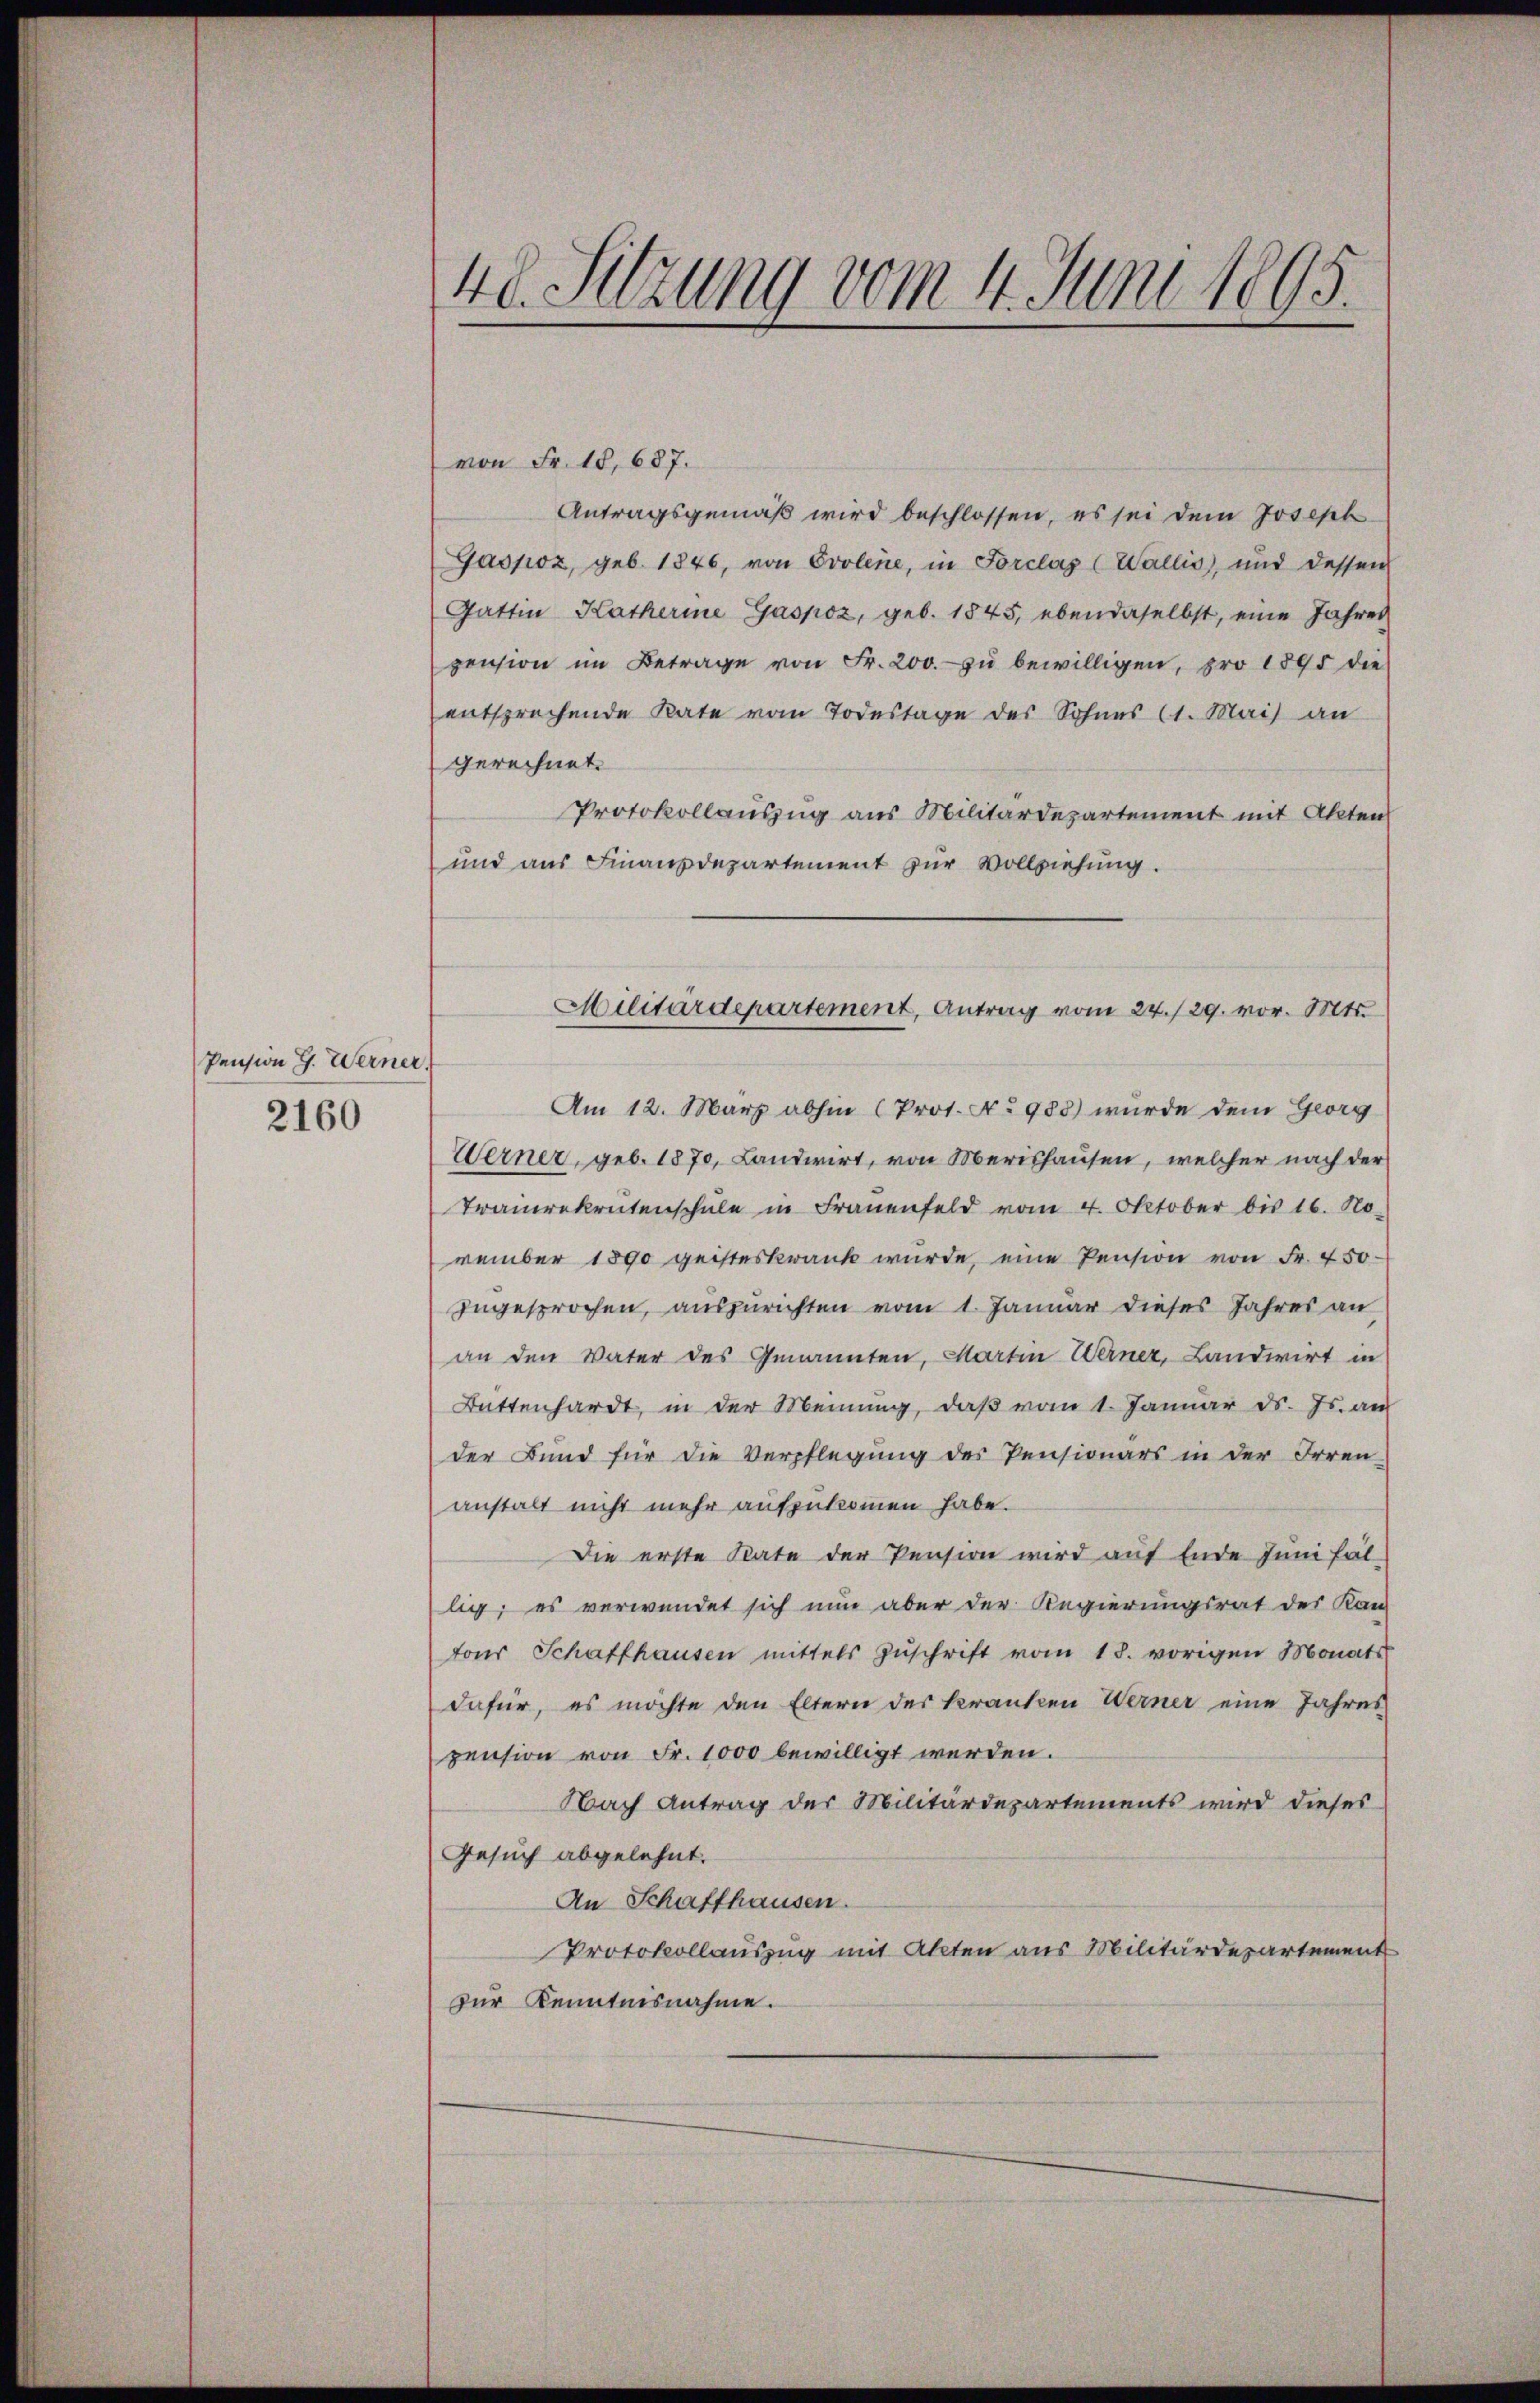
Pension G. Werner.
2160

48. Sitzung vom 4. Juni 1895.

von Fr. 18, 687.
Antragsgemäß wird beschlossen, es sei dem Joseph
Gaspoz, geb. 1846, von Evolene, in Forclaz (Wallis, und dessen
Gattin Katherine Gaspoz, geb. 1845, ebendaselbst, eine Jahres
pension im Betrage von Fr. 200. zu bewilligen, pro 1895 die
entsprechende Rate vom Todestage des Sohnes (1. Mai an
gerechnet.
Protokollauszug aus Militärdepartement mit Akten
und aus Finanzdepartement zur Vollziehung.
Am 12. März abhin (Prot. No 988) wurde dem Georg
Werner, geb. 1870, Landwirt, von Merishausen, welcher nach der
Tranrekrutenschule in Frauenfeld vom 4. Oktober bis 16. No.
vember 1890 geisteskrank würde, eine Pension von Fr. 450
zugesprochen, auszurichten vom 1. Januar dieses Jahres an
an den Vater des Genannten, Martin Werner, Landwirt in
Battenhardt, in der Meinung, daß vom 1. Januar d. Js. au
der Bund für die Verpflegung des Pensionärs in der Irren-
anstalt nicht mehr aufzukommen habe.
Die erste Rate der Pension wird auf Ende Juni fäl-
lig; es verwendet sich nun aber der Regierungsrat des Kan-
fons Schaffhausen mittels Zŭschrift vom 18. vorigen Monats
dafür, es möchte den Eltern der kranken Werner eine Jahres
pension von Fr. 1000 bewilligt werden.
Nach Antrag der Militärdepartements wird dieses
Gesuch abgelehnt.
An Schaffhausen.
Protokollauszug mit Akten aus Militärdepartement
zur Kenntnisnahme.

Militärdepartement, Antrag vom 24./29. vor. Mts.